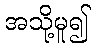
အသို့မူ၍